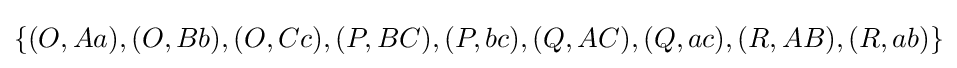
\{(O,Aa),(O,Bb),(O,Cc),(P,BC),(P,bc),(Q,AC),(Q,ac),(R,AB),(R,ab)\}